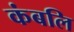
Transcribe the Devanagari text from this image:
कंबलि